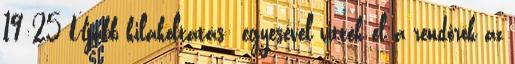
19:25 Újabb kilakoltatás: egyesével vitték el a rendőrök az